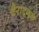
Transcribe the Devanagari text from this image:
वैराट्गड